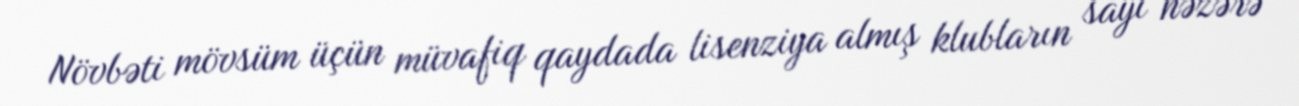
Növbəti mövsüm üçün müvafiq qaydada lisenziya almış klubların sayı nəzərə